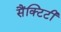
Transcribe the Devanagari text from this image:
सैंक्टिटी